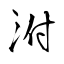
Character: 泭